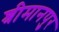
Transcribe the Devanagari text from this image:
श्रीमानपुर